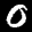
Label: 0